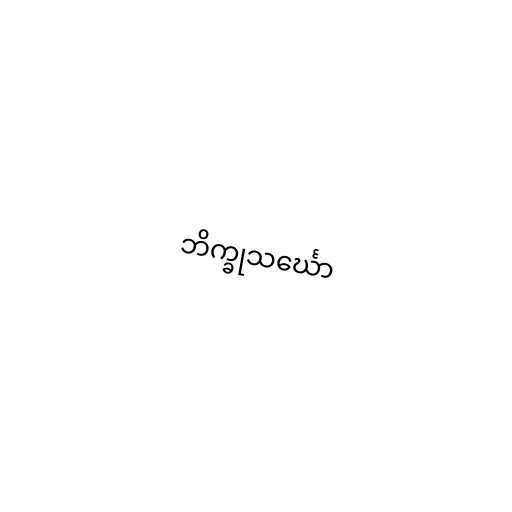
ဘိက္ခုသင်္ဃော